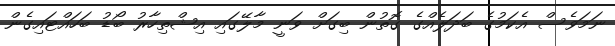
ނަމަވެސް އެކަމުގެ ބަދަލެއްގެ ގޮތުން ބިގަށް ވަނީ މާލޭގައި އިޝްތިހާރު ބޯޑު ބަހައްޓައިގެން